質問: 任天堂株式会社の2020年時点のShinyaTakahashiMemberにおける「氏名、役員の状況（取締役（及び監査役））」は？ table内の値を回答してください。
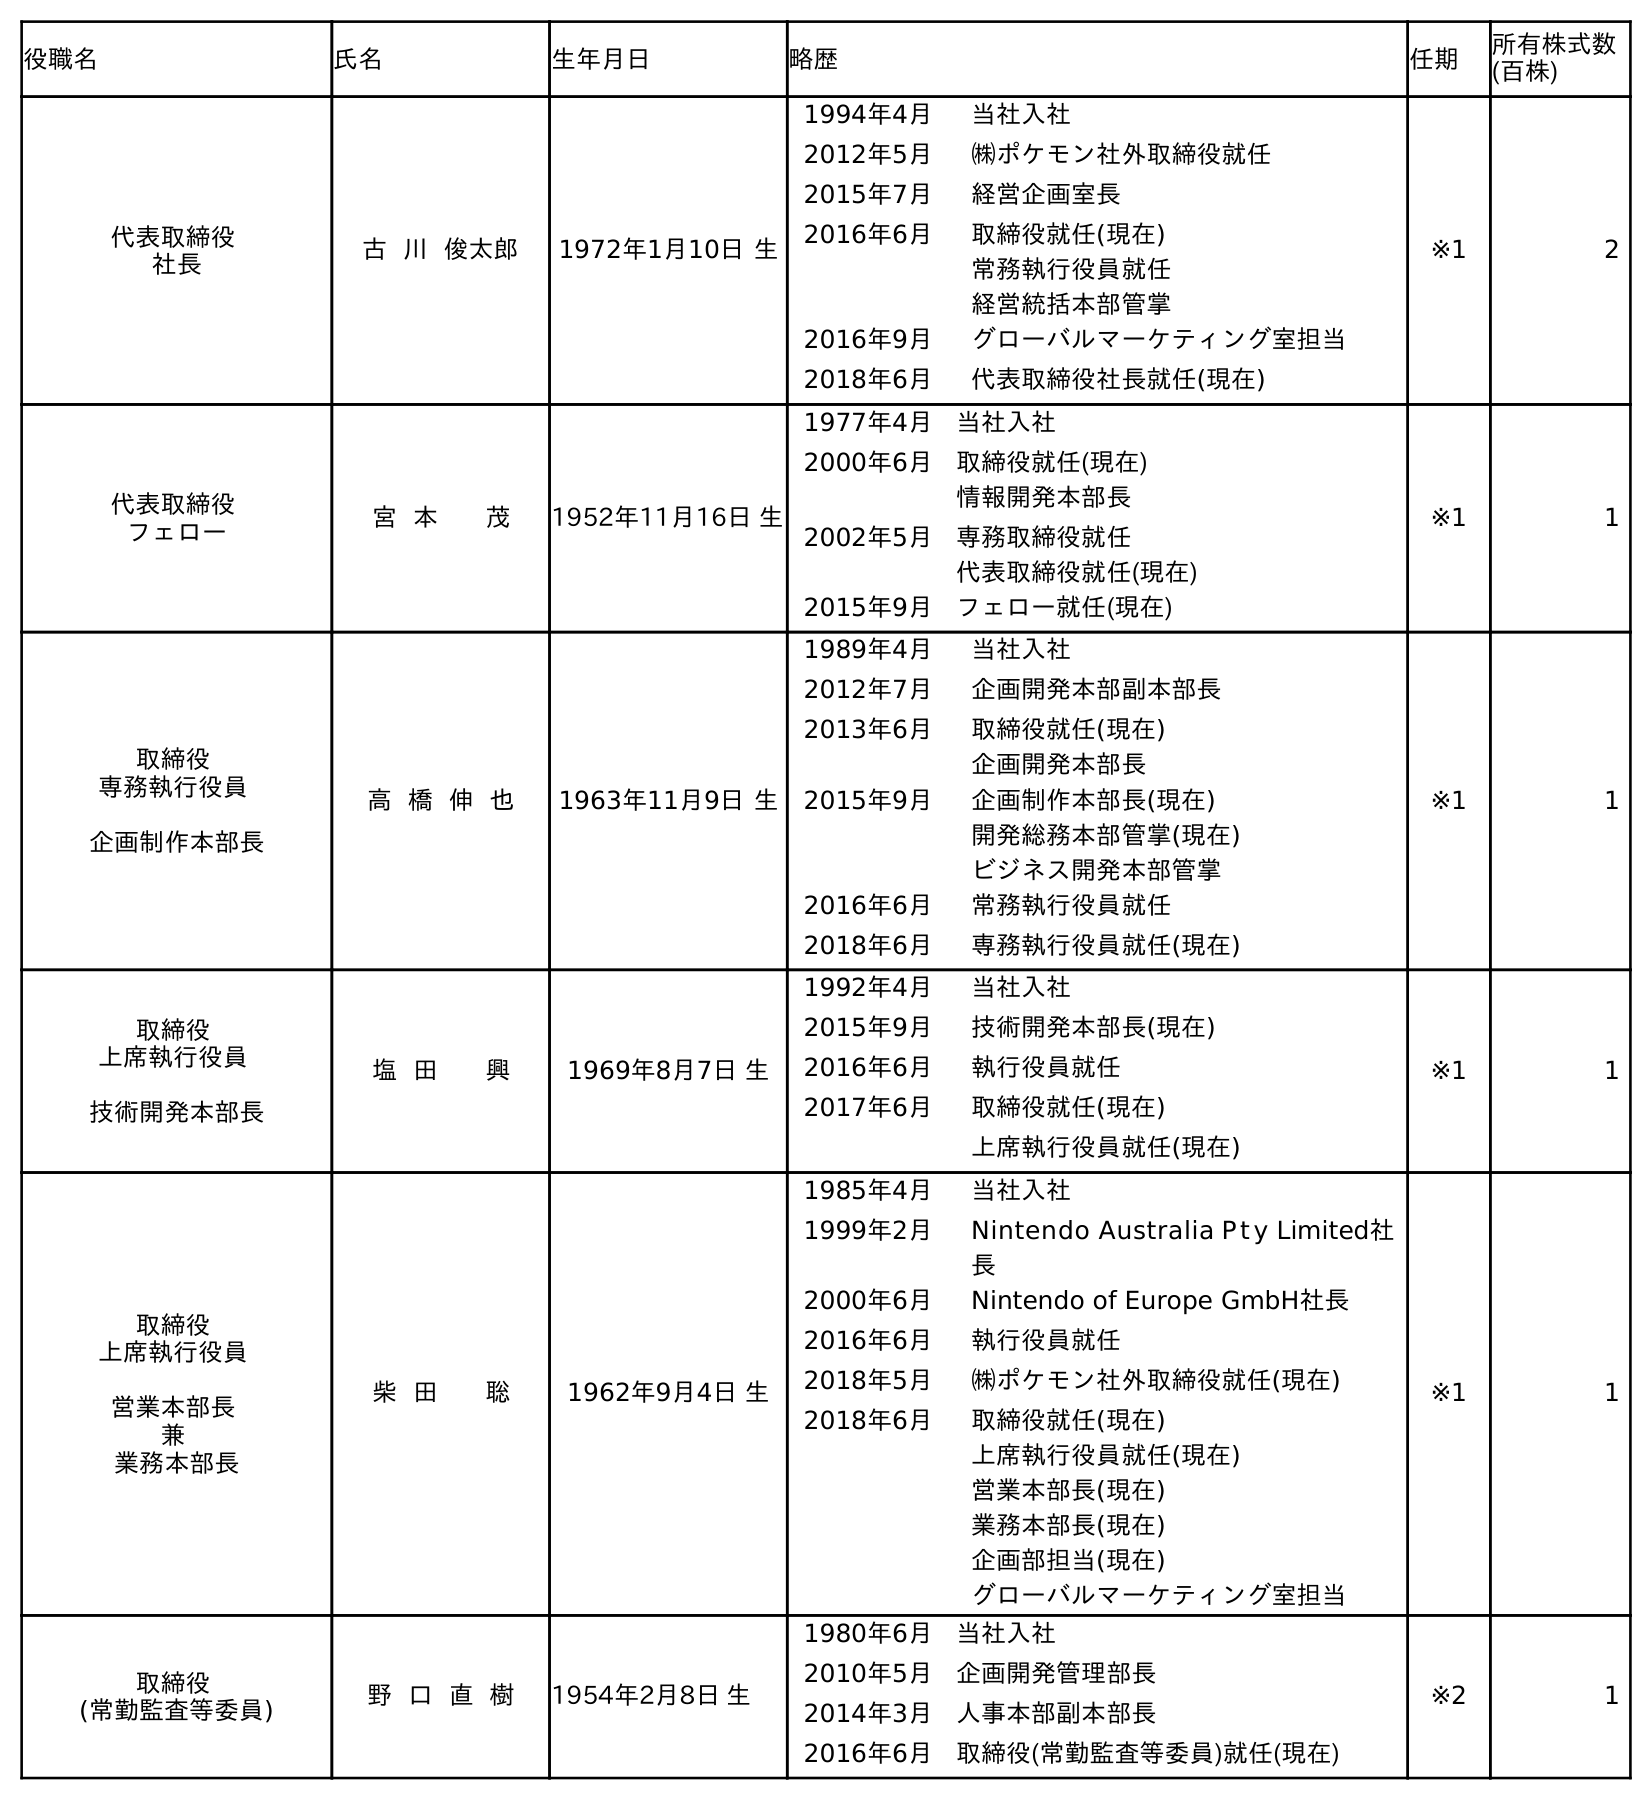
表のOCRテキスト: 役職名 氏名 生年月日 略歴 任期 所有株式数 (百株) 代表取締役 社長 古 川 俊太郎 1972年1月10日 生 1994年4月 当社入社 2012年5月 ㈱ポケモン社外取締役就任 2015年7月 経営企画室長 2016年6月 取締役就任(現在) 常務執行役員就任 経営統括本部管掌 2016年9月 グローバルマーケティング室担当 2018年6月 代表取締役社長就任(現在) ※1 2 代表取締役 フェロー 宮 本 茂 1952年11月16日 生 1977年4月 当社入社 2000年6月 取締役就任(現在) 情報開発本部長 2002年5月 専務取締役就任 代表取締役就任(現在) 2015年9月 フェロー就任(現在) ※1 1 取締役 専務執行役員 企画制作本部長 高 橋 伸 也 1963年11月9日 生 1989年4月 当社入社 2012年7月 企画開発本部副本部長 2013年6月 取締役就任(現在) 企画開発本部長 2015年9月 企画制作本部長(現在) 開発総務本部管掌(現在) ビジネス開発本部管掌 2016年6月 常務執行役員就任 2018年6月 専務執行役員就任(現在) ※1 1 取締役 上席執行役員 技術開発本部長 塩 田 興 1969年8月7日 生 1992年4月 当社入社 2015年9月 技術開発本部長(現在) 2016年6月 執行役員就任 2017年6月 取締役就任(現在) 上席執行役員就任(現在) ※1 1 取締役 上席執行役員 営業本部長 兼 業務本部長 柴 田 聡 1962年9月4日 生 1985年4月 当社入社 1999年2月 Nintendo Australia P t y Limited社 長 2000年6月 Nintendo of Europe GmbH社長 2016年6月 執行役員就任 2018年5月 ㈱ポケモン社外取締役就任(現在) 2018年6月 取締役就任(現在) 上席執行役員就任(現在) 営業本部長(現在) 業務本部長(現在) 企画部担当(現在) グローバルマーケティング室担当 ※1 1 取締役 (常勤監査等委員) 野 口 直 樹 1954年2月8日 生 1980年6月 当社入社 2010年5月 企画開発管理部長 2014年3月 人事本部副本部長 2016年6月 取締役(常勤監査等委員)就任(現在) ※2 1
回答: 高橋伸也